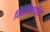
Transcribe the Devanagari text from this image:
किऔपचारिक